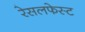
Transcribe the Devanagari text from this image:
रेसलफेस्ट